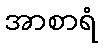
အာစာရံ